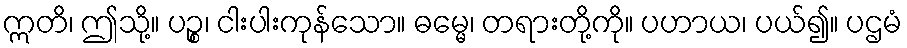
ဣတိ၊ ဤသို့။ ပဉ္စ၊ ငါးပါးကုန်သော။ ဓမ္မေ၊ တရားတို့ကို။ ပဟာယ၊ ပယ်၍။ ပဌမံ